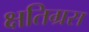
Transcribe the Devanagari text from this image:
क्षतिग्रस